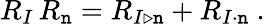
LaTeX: R_{I}\, R_{\mathtt{n}}=R_{I\triangleright\mathtt{n}}+R_{I\cdot\mathtt{n}}\ .